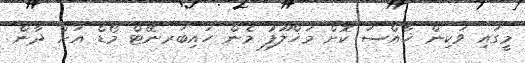
މީގައި ވަކިން ޚާއްސަ ކޮށް މަޚްލޫފު މެން ހައިބަރނޭޓް މޯޑް އަށް ދާން